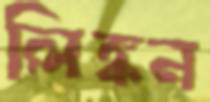
লিঙ্কন